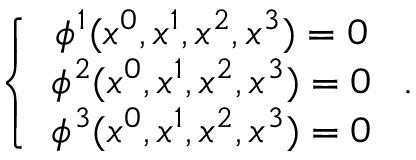
\left\{ \begin{array} { c } { { \phi ^ { 1 } ( x ^ { 0 } , x ^ { 1 } , x ^ { 2 } , x ^ { 3 } ) = 0 } } \\ { { \phi ^ { 2 } ( x ^ { 0 } , x ^ { 1 } , x ^ { 2 } , x ^ { 3 } ) = 0 } } \\ { { \phi ^ { 3 } ( x ^ { 0 } , x ^ { 1 } , x ^ { 2 } , x ^ { 3 } ) = 0 } } \end{array} \right. .